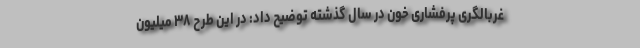
غربالگری پرفشاری خون در سال گذشته توضیح داد: در این طرح ۳۸ میلیون